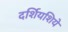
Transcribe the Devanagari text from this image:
दर्शियशिये